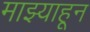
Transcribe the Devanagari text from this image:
माझ्याहून